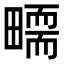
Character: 𤳜